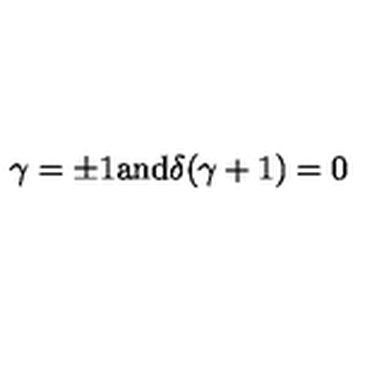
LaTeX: \gamma = \pm 1 \mathrm { a n d } \delta ( \gamma + 1 ) = 0